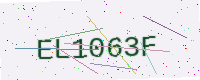
Text: EL1063F